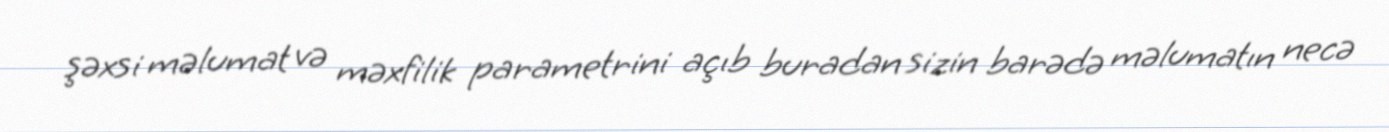
şəxsi məlumat və məxfilik parametrini açıb buradan sizin barədə məlumatın necə